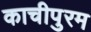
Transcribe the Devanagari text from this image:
काचीपुरम